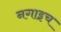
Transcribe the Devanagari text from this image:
नगाइच